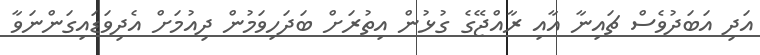
އަދި އަބަދުވެސް ޗައިނާ އާއި ރާއްޖޭގެ ގުޅުން އިތުރަށް ބަދަހިވަމުން ދިއުމަށް އެދިވަޑައިގަންނަވާ